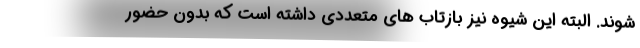
شوند. البته این شیوه نیز بازتاب های متعددی داشته است که بدون حضور